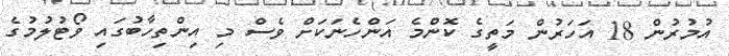
އުމުރުން 18 އަހަރުން މަތީގެ ކޮންމެ އަންހެނަކަށް ވެސް މި އިންތިހާބުގައި ވޯޓުލުމުގެ